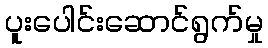
ပူးပေါင်းဆောင်ရွက်မှု